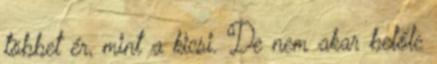
többet ér, mint a kicsi. De nem akar belőle